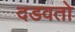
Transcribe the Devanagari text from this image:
दडवतो